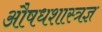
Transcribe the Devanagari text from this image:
औषधशास्त्रज्ञ